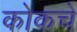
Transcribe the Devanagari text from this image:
कोकचे